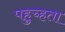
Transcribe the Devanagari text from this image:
पहुच्हता